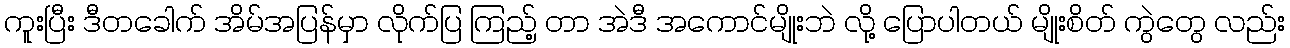
ကူးပြီး ဒီတခေါက် အိမ်အပြန်မှာ လိုက်ပြ ကြည့် တာ အဲဒီ အကောင်မျိုးဘဲ လို့ ပြောပါတယ် မျိုးစိတ် ကွဲတွေ လည်း